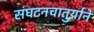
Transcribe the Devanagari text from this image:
संघटनचातुर्याने